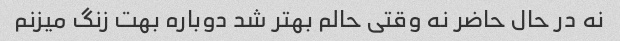
نه در حال حاضر نه وقتی حالم بهتر شد دوباره بهت زنگ میزنم